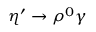
\eta ^ { \prime } \to \rho ^ { 0 } \gamma